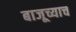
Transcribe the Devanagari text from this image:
बाजूच्याच